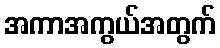
အကာအကွယ်အတွက်